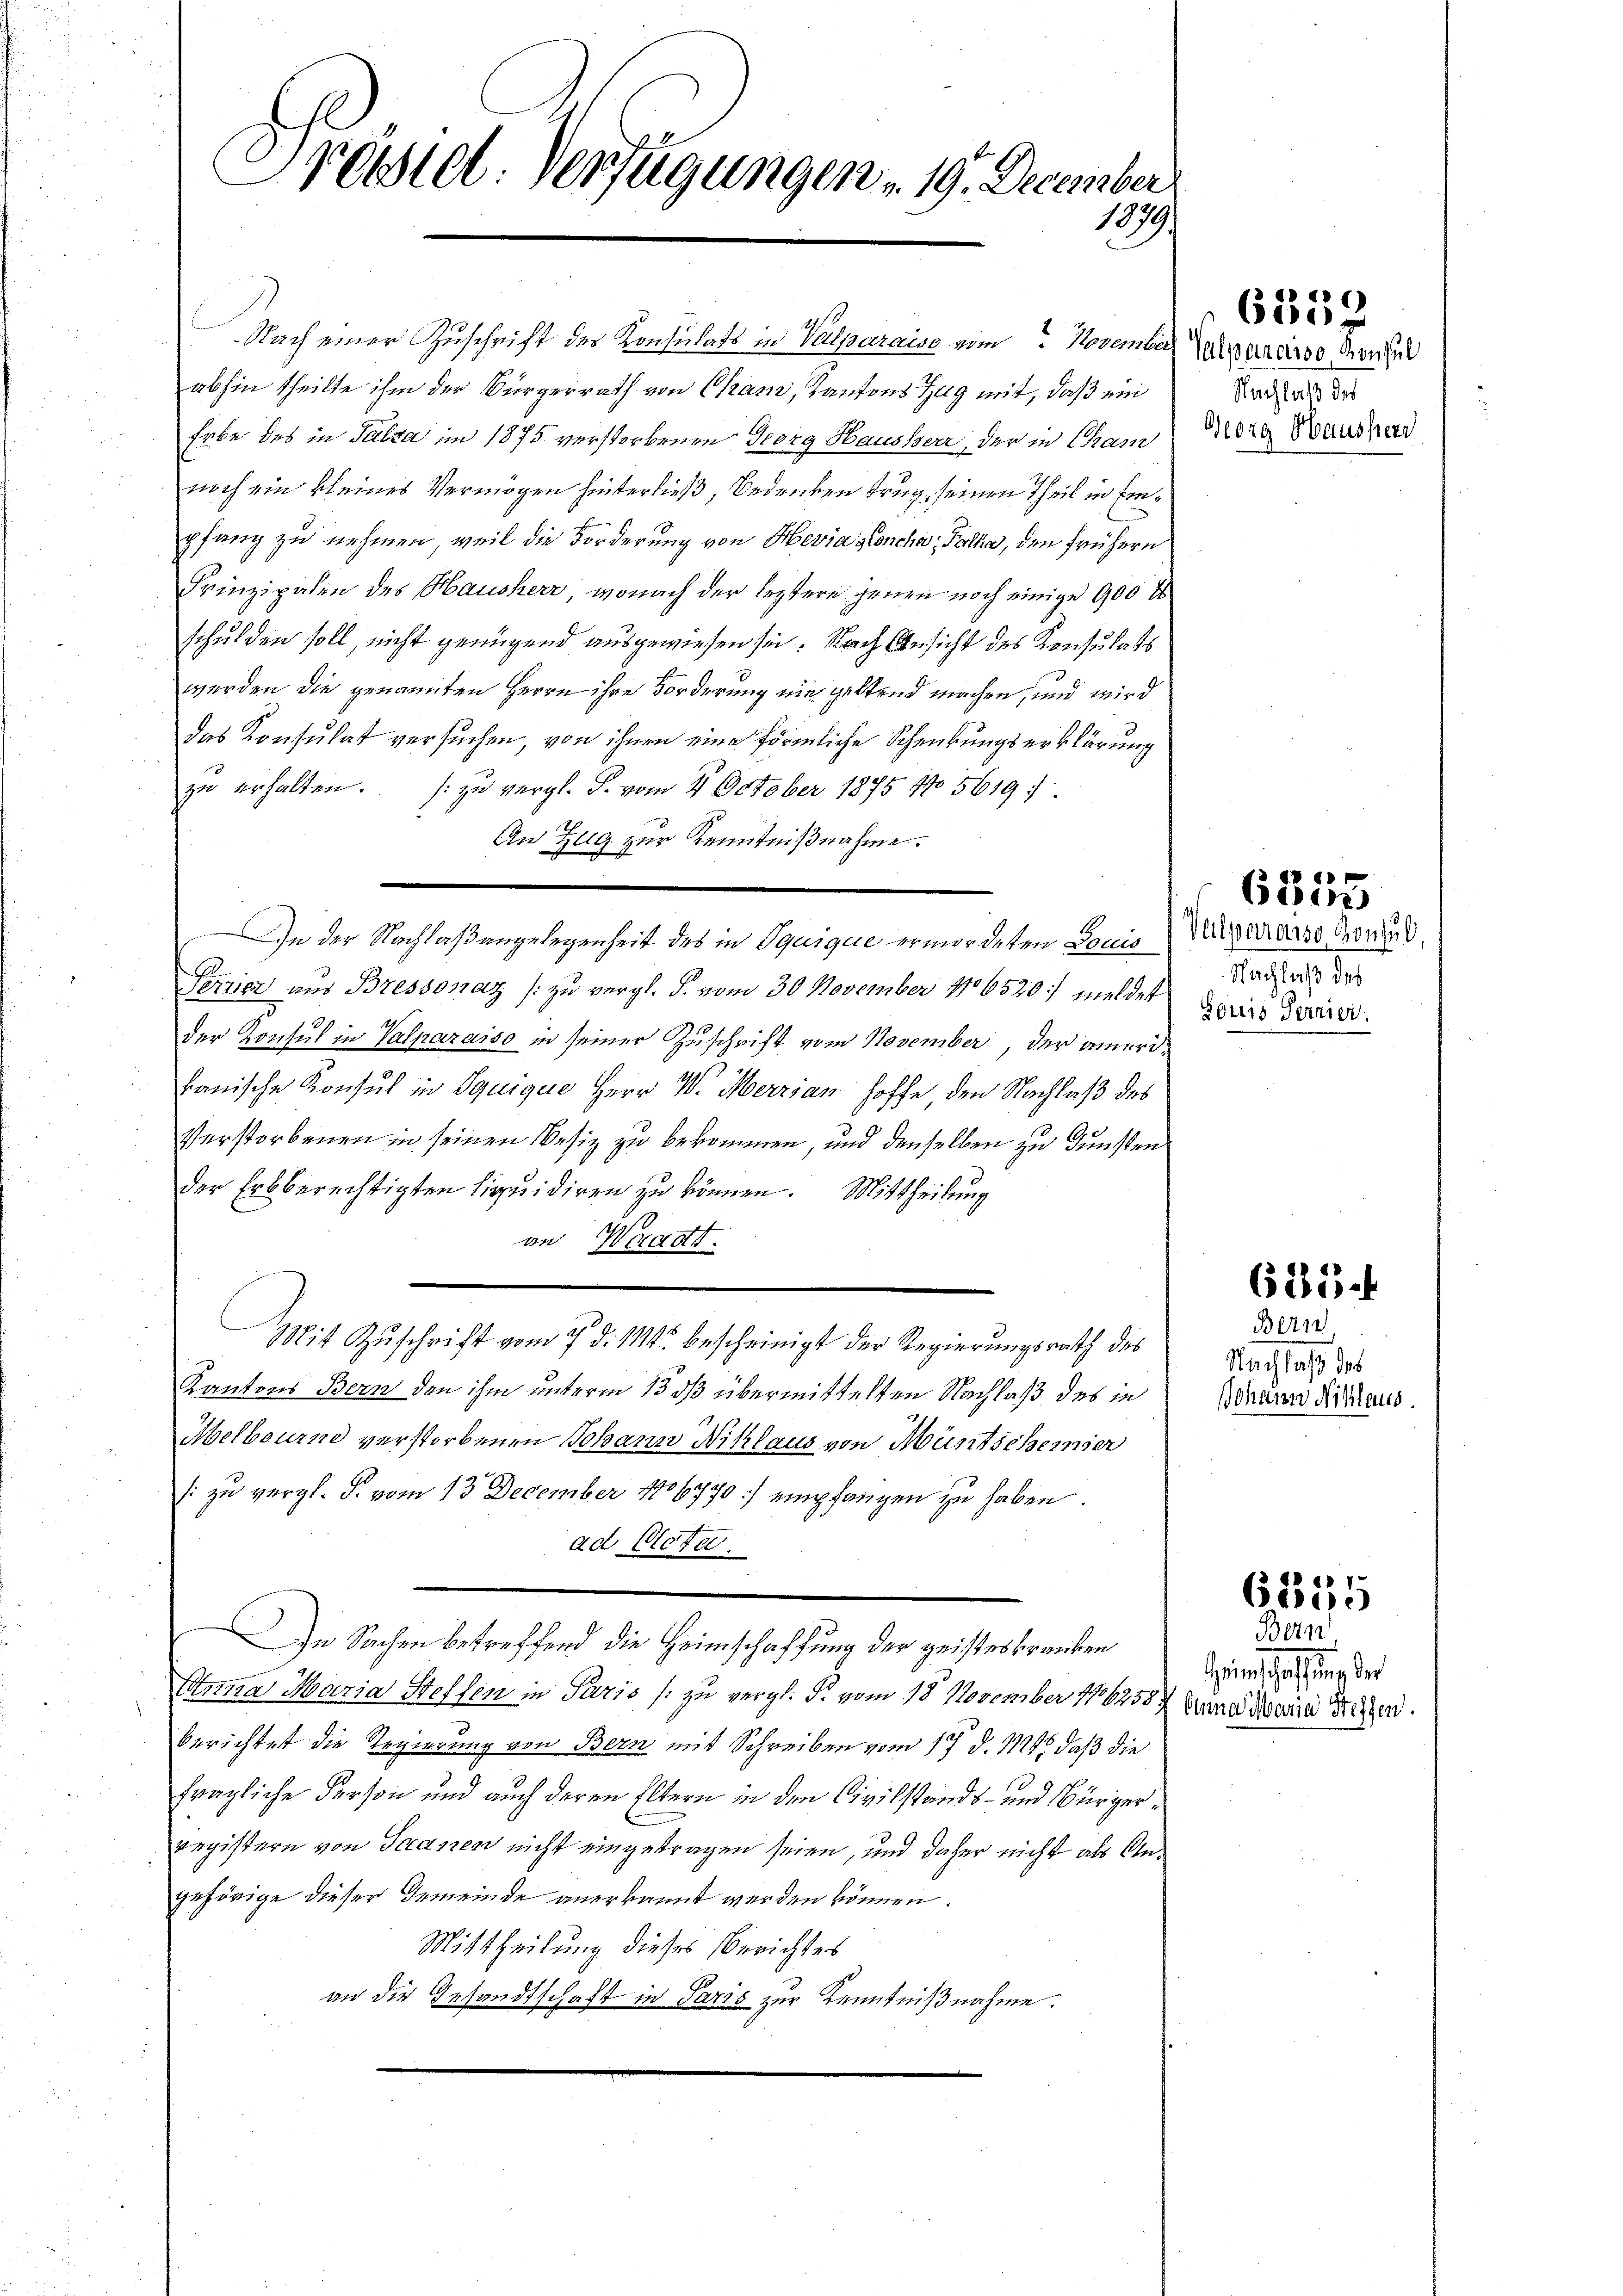
Présiel. Verfügungen 19. December
1979.

Nach einer Zuschrift des Konsulats in Valparaise vom November Sardisso Grenzel
abhin theilte ihm der Bürgerrath von Cham, Kantons Zug mit, daß ein
Erbe des in Salza im 1875 verstorbenen Georg Hausserr, der in Cham
noch ein kleines Vermögen hinterließ, Bedenken trug, seinen Theil in Einpfang zu nehmen, weil die Forderung von Hevia granche Falke, den frühern
Prinzipalen des Hausherr, wonach der leztere jenen noch einige 900 l
schulden soll, nicht genügend ausgewiesen sei. Nach Ansicht des Konsulats
werden die genannten Herrn ihre Forderung nie geltend machen, und wird
das Konsulat versuchen, von ihnen eine förmliche Schenkungserklärung
zu erhalten. (zu vergl. S. vom 4. October 1875 No 5619:
An Zug zur Kenntnißnahme.
In der Nachlaßangelegenheit des in Dquique ermordeten Louis
Perrier aus Bressonat (zu vergl. J. vom 30. November 186520/ meldet
2
der Konsul in Palparaiso in seiner Zuschrift vom November, der ameribanische Konsul in Squique Herr W. Merrian hoffe, den Nachlaß des
Verstorbenen in seinen Besiz zu bekommen, und denselben zu Gunstender Erbberechtigten Liquidiren zu können. Mittheilung
an Weraatt.
Mit Zuschrift vom 7. d. 114 bescheinigt der Regierungsrath des
Kantons Bern den ihm unterm 13 dß übermittelten Nachlaß des in
Melbourne verstorbenen Johann Niklaus von Müntschemier
: zu vergl. S. vom 13. December 1806770) empfangen zu haben.
ad Miete.
In Sachen betreffend die Heimschaffung der geisteskranken
Anna Maria Steffen in Paris / zu vergl. P. vom 18. November 186258.
berichtet die Regierung von Bern mit Schreiben vom 17. d. 11245, daß die
fragliche Person und auch deren Eltern in den Civilstands- und Bürgerregistern von Saanen nicht eingetragen seien, und daher nicht als Angehörige dieser Gemeinde anerkannt werden können.
Mittheilung dieses Berichtes
an die Gesandtschaft in Paris zur Kenntnißnahme.
e

Nachlaß des
Georg Hausherr

6359

Valpareise Konsul,
Nachlaß des
Gouis Fernier.

1
681

625

Bern
Nachlaß des
Johann Niklaus

6255

Bern
einschaffung der
Anna Mara Steffen.